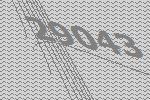
29043